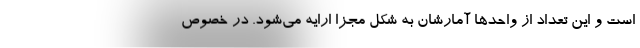
است و این تعداد از واحدها آمارشان به شکل مجزا ارایه می‌شود. در خصوص